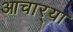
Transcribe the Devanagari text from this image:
आचार्‍या